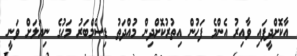
އާކޮށްދީފައި ވާއިރު އެންމެ ފަހުން އިތުރުކޮށްދިން މުއްދަތު ޑިސެމްބަރު މަހުގެ ނިޔަލަށް ވަނީ